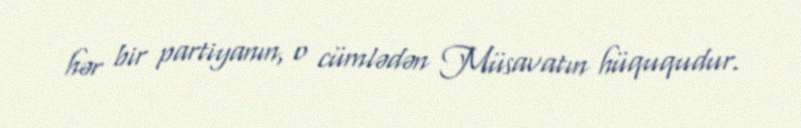
hər bir partiyanın, o cümlədən Müsavatın hüququdur.